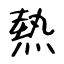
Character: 熱